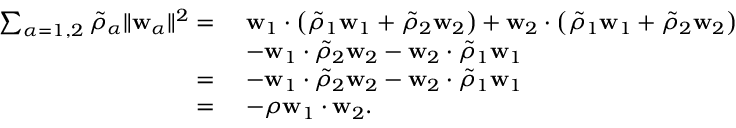
\begin{array} { r l } { \sum _ { \alpha = 1 , 2 } \tilde { \rho } _ { \alpha } \| \mathbf { w } _ { \alpha } \| ^ { 2 } = } & { ~ \mathbf { w } _ { 1 } \cdot \left( \tilde { \rho } _ { 1 } \mathbf { w } _ { 1 } + \tilde { \rho } _ { 2 } \mathbf { w } _ { 2 } \right) + \mathbf { w } _ { 2 } \cdot \left( \tilde { \rho } _ { 1 } \mathbf { w } _ { 1 } + \tilde { \rho } _ { 2 } \mathbf { w } _ { 2 } \right) } \\ & { ~ - \mathbf { w } _ { 1 } \cdot \tilde { \rho } _ { 2 } \mathbf { w } _ { 2 } - \mathbf { w } _ { 2 } \cdot \tilde { \rho } _ { 1 } \mathbf { w } _ { 1 } } \\ { = } & { ~ - \mathbf { w } _ { 1 } \cdot \tilde { \rho } _ { 2 } \mathbf { w } _ { 2 } - \mathbf { w } _ { 2 } \cdot \tilde { \rho } _ { 1 } \mathbf { w } _ { 1 } } \\ { = } & { ~ - \rho \mathbf { w } _ { 1 } \cdot \mathbf { w } _ { 2 } . } \end{array}